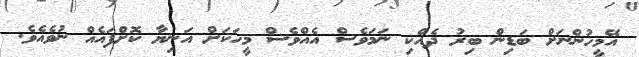
އޭމީހުންނަށް ބަޑިން ބިރު ދެއްކި ނަމަވެސް އެއްވެސް މީހަކަށް އަނިޔާ ކޮށްފައެއް ނުވެއެވެ.